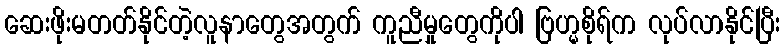
ဆေးဖိုးမတတ်နိုင်တဲ့လူနာတွေအတွက် ကူညီမှုတွေကိုပါ ဗြဟ္မစိုရ်က လုပ်လာနိုင်ပြီး